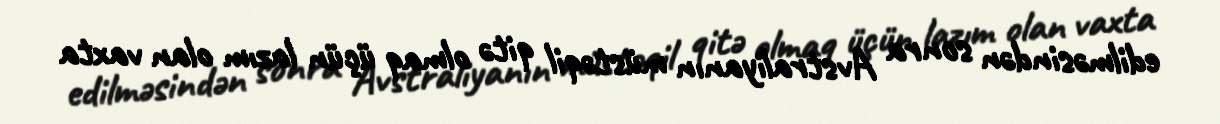
edilməsindən sonra Avstraliyanın müstəqil qitə olmaq üçün lazım olan vaxta